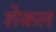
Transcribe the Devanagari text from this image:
शेकल